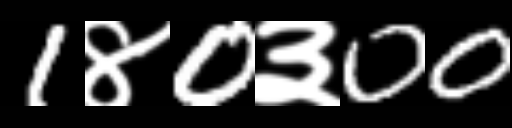
Text: 1४0३00